Scottish Leaving Certificate Examination, 1956
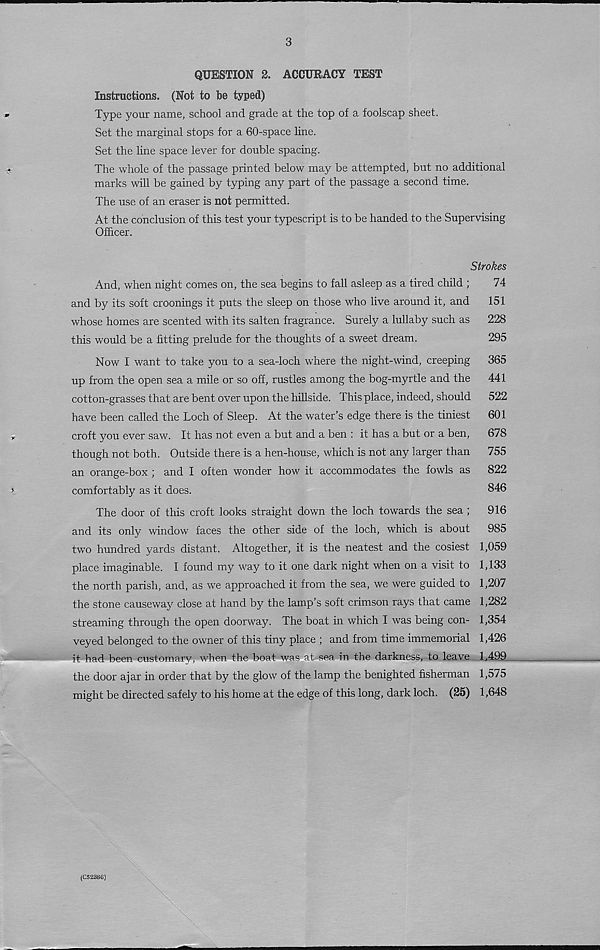
3
QUESTION 2. ACCURACY TEST
Instructions. (Not to be typed)
Type your name, school and grade at the top of a foolscap sheet.
Set the marginal stops for a 60-space line.
Set the line space lever for double spacing.
The whole of the passage printed below may be attempted, but no additional
marks will be gained by typing any part of the passage a second time.
The use of an eraser is not permitted.
At the conclusion of this test your typescript is to be handed to the Supervising
Officer.
Strokes
And, when night comes on, the sea begins to fall asleep as a tired child ;
74
and by its soft croonings it puts the sleep on those who live around it, and
151
whose homes are scented with its salten fragrance. Surely a lullaby such as
228
this would be a fitting prelude for the thoughts of a sweet dream.
295
Now I want to take you to a sea-loch where the night-wind, creeping
365
up from the open sea a mile or so off, rustles among the bog-myrtle and the
441
cotton-grasses that are bent over upon the hillside. This place, indeed, should
522
have been called the Loch of Sleep. At the water’s edge there is the tiniest
601
croft you ever saw. It has not even a but and a ben : it has a but or a ben,
678
though not both. Outside there is a hen-house, which is not any larger than
755
an orange-box ; and I often wonder how it accommodates the fowls as
822
comfortably as it does.
846
The door of this croft looks straight down the loch towards the sea ;
916
and its only window faces the other side of the loch, which is about
985
two hundred yards distant. Altogether, it is the neatest and the cosiest 1,059
place imaginable. I found my way to it one dark night when on a visit to 1,133
the north parish, and, as we approached it from the sea, we were guided to 1,207
the stone causeway close at hand by the lamp’s soft crimson rays that came 1,282
streaming through the open doorway. The boat in which I was being con- 1,354
veyed belonged to the owner of this tiny place ; and from time immemorial 1,426
it had been customary, when the boat was at sea in the darkness, to leave 1,499
the door ajar in order that by the glow of the lamp the benighted fisherman 1,575
might be directed safely to his home at the edge of this long, dark loch. (25) 1,648
(C523S6)